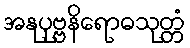
အနုပုဗ္ဗနိရောဓသုတ္တံ